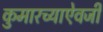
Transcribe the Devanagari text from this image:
कुमारच्याऐवजी